65_HS1-834228961_62-HQ-83894_Serial_130
Agency: FBI
Page 103
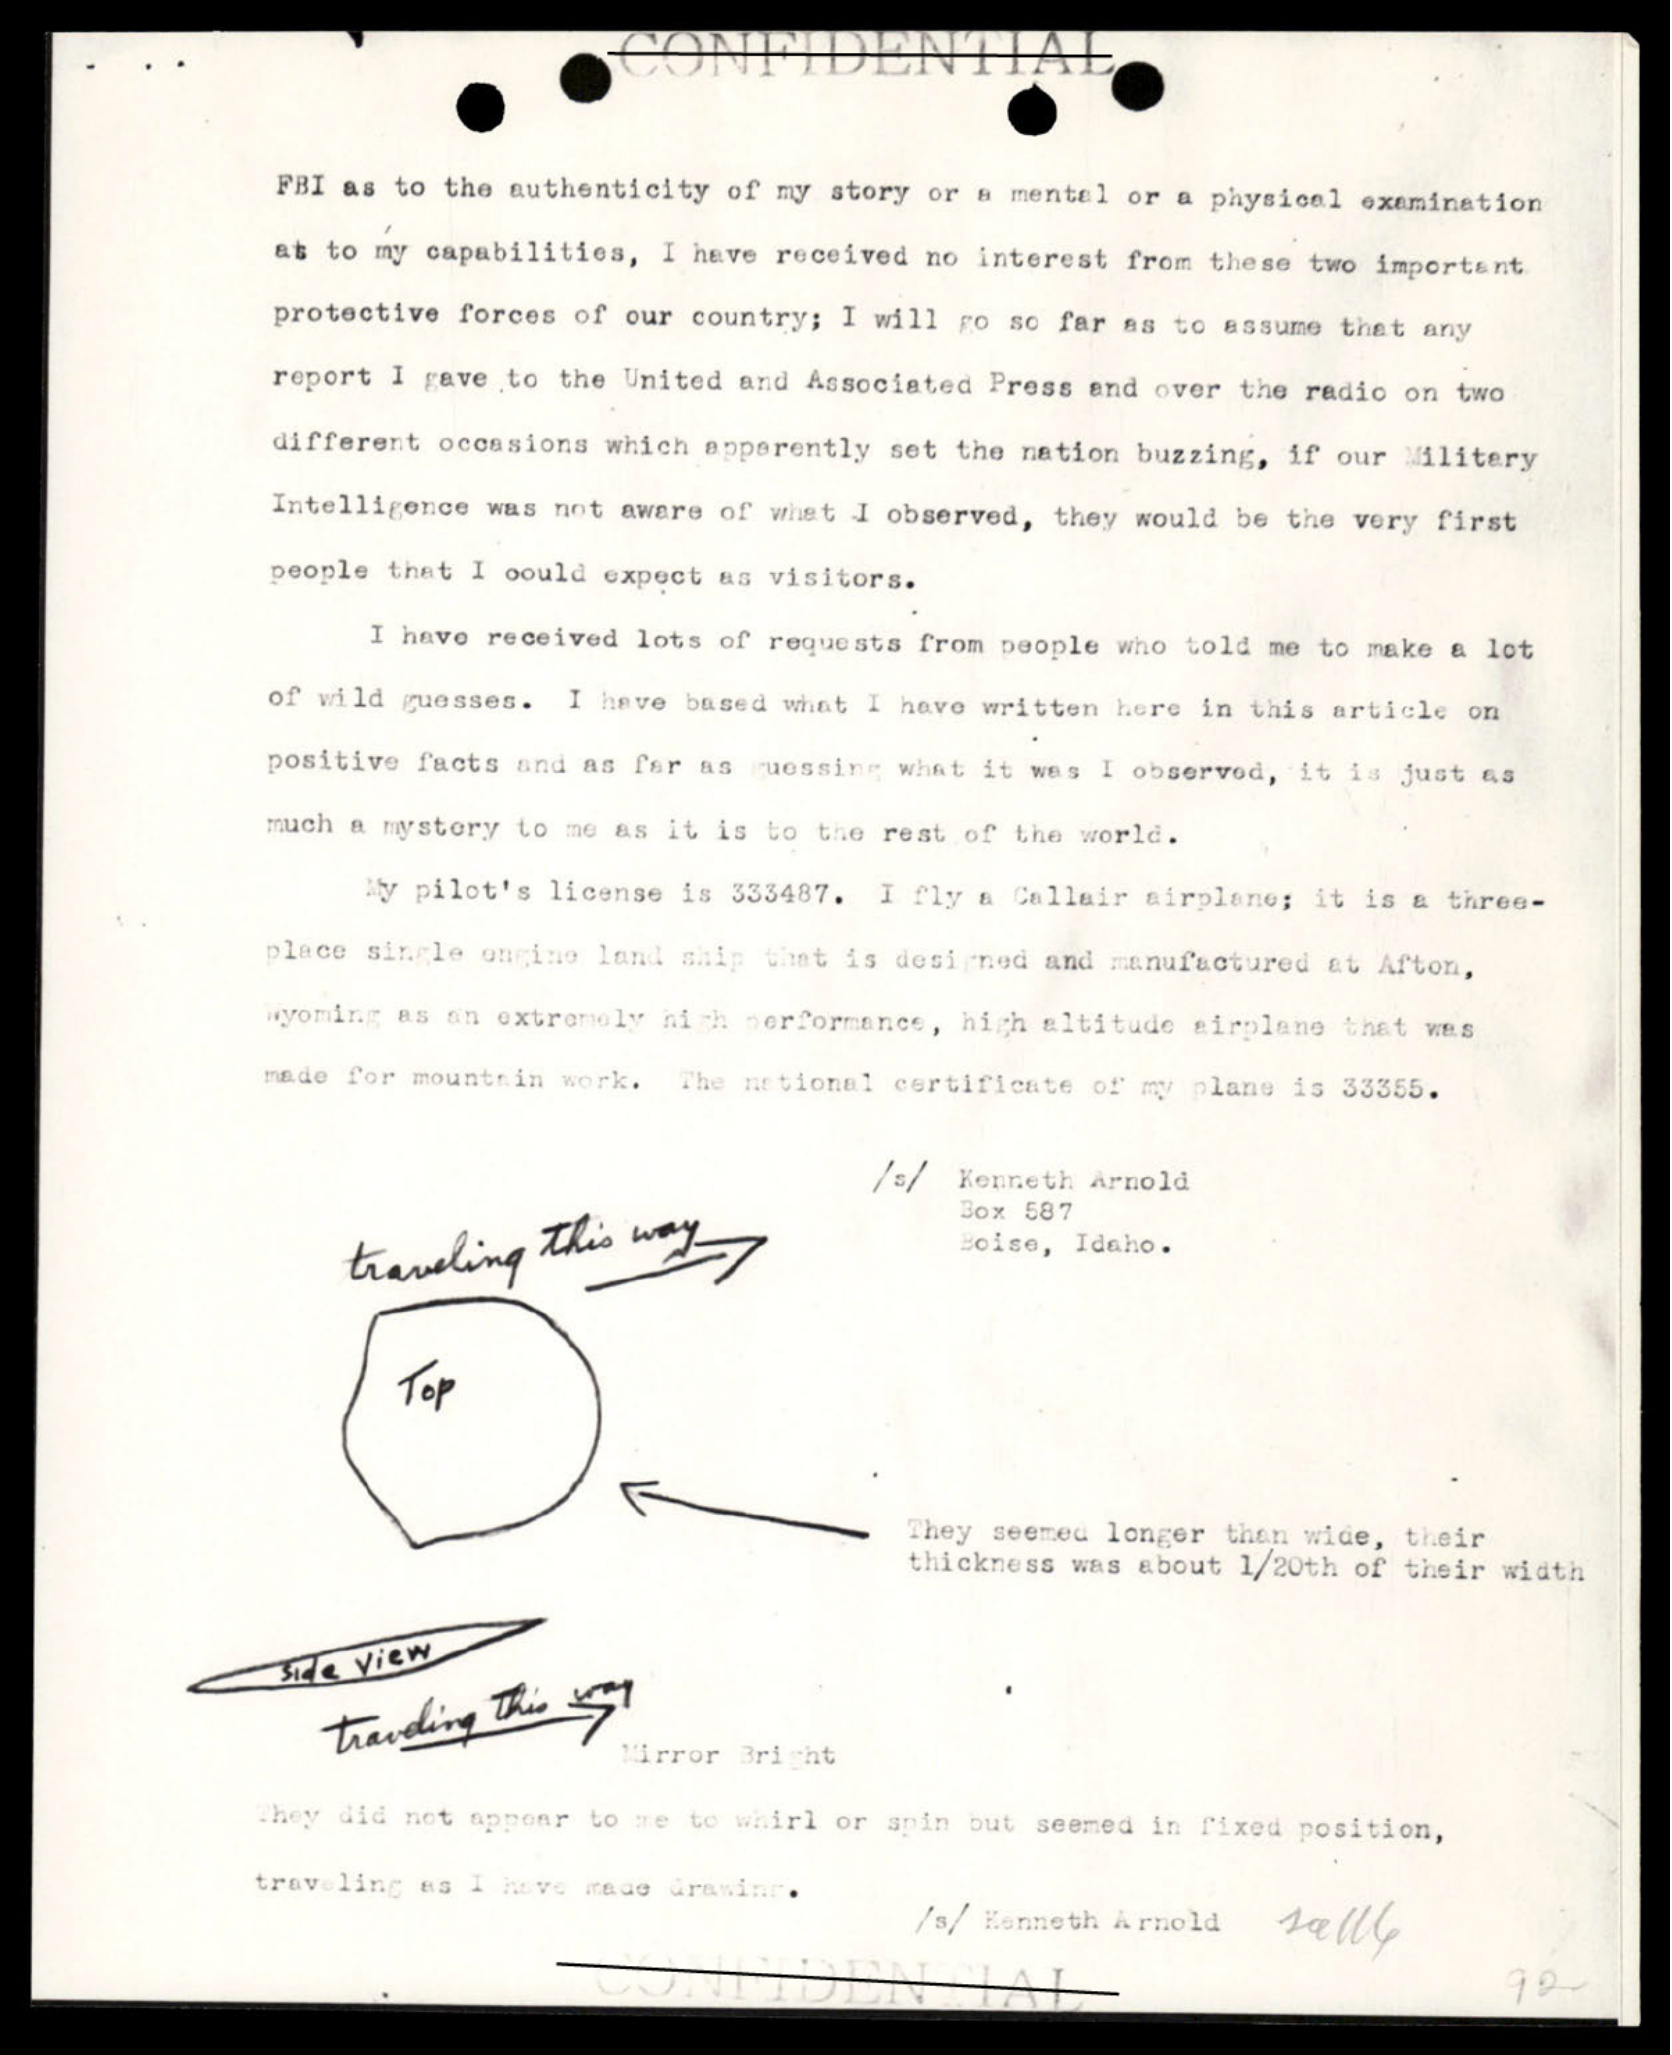